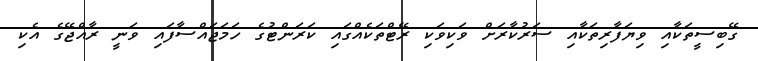
ގޭބިސީތަކާއި ވިޔަފާރިތަކާއި ސަރުކާރަށް ވަކިވަކި ރޭޓްތަކެއްގައި ކަރަންޓުގެ ހަމަޖައްސާފައި ވަނީ ރާއްޖޭގެ އެކި